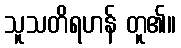
သူသတိရဟန် တူ၏။